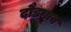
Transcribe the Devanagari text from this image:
दौडगाव